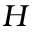
H